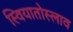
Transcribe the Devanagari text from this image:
स्वियातोस्लाव